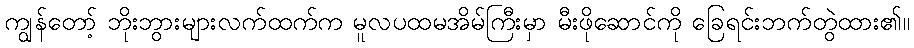
ကျွန်တော့် ဘိုးဘွားများလက်ထက်က မူလပထမအိမ်ကြီးမှာ မီးဖိုဆောင်ကို ခြေရင်းဘက်တွဲထား၏။